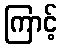
ကြာင့်